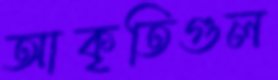
আকৃতিগুল